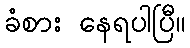
ခံစား နေရပါပြီ။